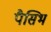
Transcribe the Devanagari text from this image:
पैसिभ